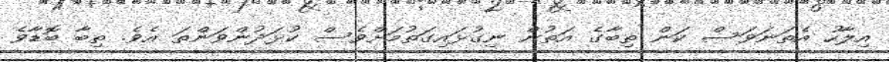
އިލާހު އެތަނަވަަސް ކަން ތިބާގެ އަތުން ނިގުޅައިގަތުމަށްވެސް ކުޅަދުންވަންތަ އެވެ. ތިބާ ބޮޑާވެ